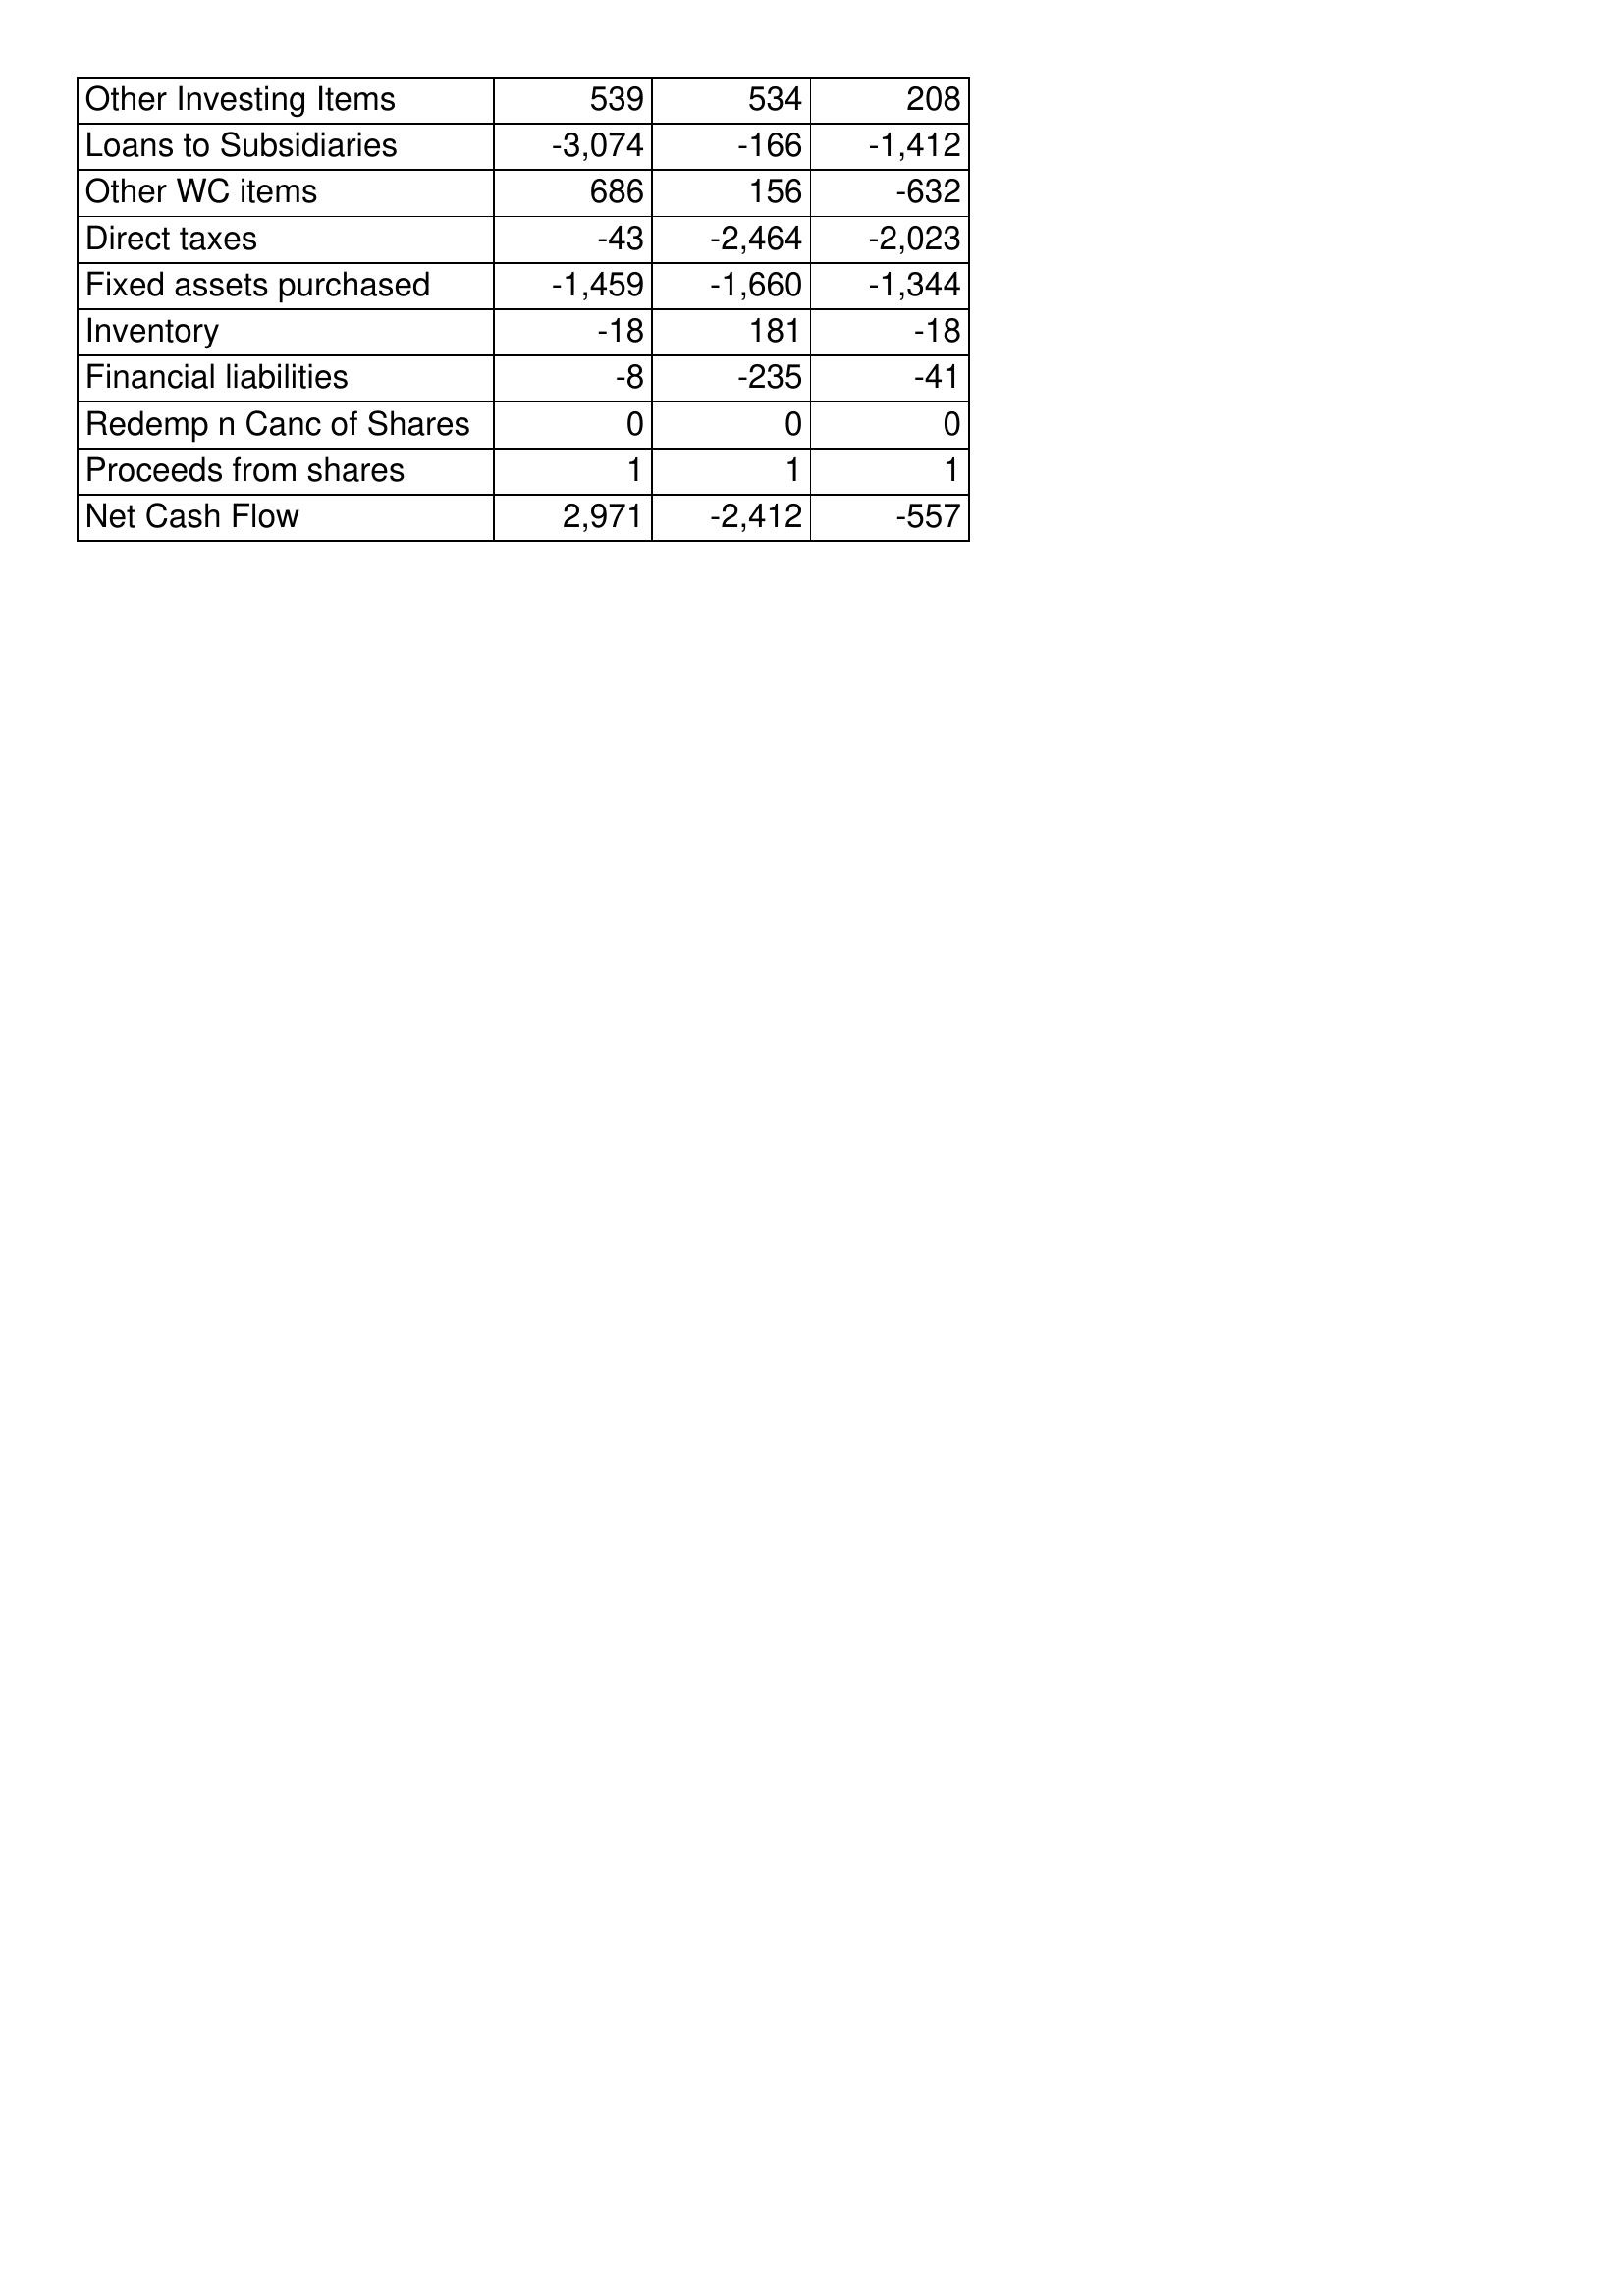
Apr-03: Cash Flows: Other Investing Items: 539
Loans to Subsidiaries: -3,074
Other WC items: 686
Direct taxes: -43
Fixed assets purchased: -1,459
Inventory: -18
Financial liabilities: -8
Redemp n Canc of Shares: 0
Proceeds from shares: 1
Net Cash Flow: 2,971
Apr-02: Cash Flows: Other Investing Items: 534
Loans to Subsidiaries: -166
Other WC items: 156
Direct taxes: -2,464
Fixed assets purchased: -1,660
Inventory: 181
Financial liabilities: -235
Redemp n Canc of Shares: 0
Proceeds from shares: 1
Net Cash Flow: -2,412
Apr-01: Cash Flows: Other Investing Items: 208
Loans to Subsidiaries: -1,412
Other WC items: -632
Direct taxes: -2,023
Fixed assets purchased: -1,344
Inventory: -18
Financial liabilities: -41
Redemp n Canc of Shares: 0
Proceeds from shares: 1
Net Cash Flow: -557